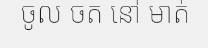
ចូល ចត នៅ មាត់